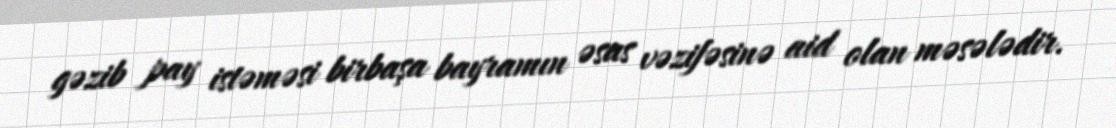
gəzib pay istəməsi birbaşa bayramın əsas vəzifəsinə aid olan məsələdir.